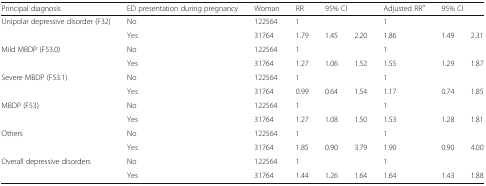
<table><thead><tr><td><b>Principal diagnosis</b></td><td><b>ED presentation during pregnancy</b></td><td><b>Woman</b></td><td><b>RR</b></td><td colspan="2"><b>95% CI</b></td><td><b>Adjusted RR<sup>a</sup></b></td><td colspan="2"><b>95% CI</b></td></tr></thead><tbody><tr><td rowspan="2">Unipolar depressive disorder (F32)</td><td>No</td><td>122564</td><td>1</td><td></td><td></td><td>1</td><td></td><td></td></tr><tr><td>Yes</td><td>31764</td><td>1.79</td><td>1.45</td><td>2.20</td><td>1.86</td><td>1.49</td><td>2.31</td></tr><tr><td rowspan="2">Mild MBDP (F53.0)</td><td>No</td><td>122564</td><td>1</td><td></td><td></td><td>1</td><td></td><td></td></tr><tr><td>Yes</td><td>31764</td><td>1.27</td><td>1.06</td><td>1.52</td><td>1.55</td><td>1.29</td><td>1.87</td></tr><tr><td rowspan="2">Severe MBDP (F53.1)</td><td>No</td><td>122564</td><td>1</td><td></td><td></td><td>1</td><td></td><td></td></tr><tr><td>Yes</td><td>31764</td><td>0.99</td><td>0.64</td><td>1.54</td><td>1.17</td><td>0.74</td><td>1.85</td></tr><tr><td rowspan="2">MBDP (F53)</td><td>No</td><td>122564</td><td>1</td><td></td><td></td><td>1</td><td></td><td></td></tr><tr><td>Yes</td><td>31764</td><td>1.27</td><td>1.08</td><td>1.50</td><td>1.53</td><td>1.28</td><td>1.81</td></tr><tr><td rowspan="2">Others</td><td>No</td><td>122564</td><td>1</td><td></td><td></td><td>1</td><td></td><td></td></tr><tr><td>Yes</td><td>31764</td><td>1.85</td><td>0.90</td><td>3.79</td><td>1.90</td><td>0.90</td><td>4.00</td></tr><tr><td>Overall depressive disorders</td><td>No</td><td>122564</td><td>1</td><td></td><td></td><td>1</td><td></td><td></td></tr><tr><td></td><td>Yes</td><td>31764</td><td>1.44</td><td>1.26</td><td>1.64</td><td>1.64</td><td>1.43</td><td>1.88</td></tr></tbody></table>